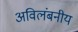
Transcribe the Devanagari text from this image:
अविलंबनीय